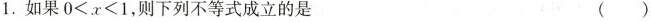
1.如果$$0 < x < 1$$，则下列不等式成立的是 ()